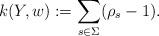
LaTeX: \begin{align*}k(Y,w) := \sum_{s\in \Sigma}(\rho_s-1).\end{align*}